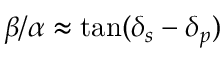
\beta / \alpha \approx \tan ( \delta _ { s } - \delta _ { p } )